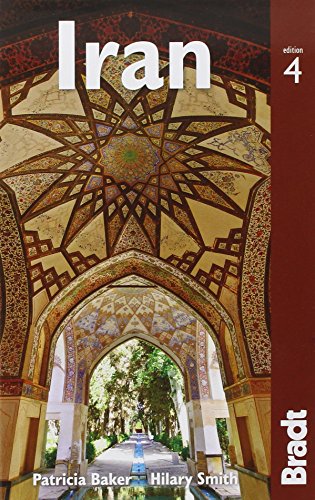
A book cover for Iran (Bradt Travel Guide); Hilary Smith; Travel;